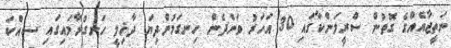
ނަތީޖާއެއްގެ ގޮތުން ސްރީލަންކާގައި 30 އަހަރު ވަންދެން ހިނގަމުންދިޔަ ދާޚިލީ ހަނގުރާމައިގައި ސިއްކަ